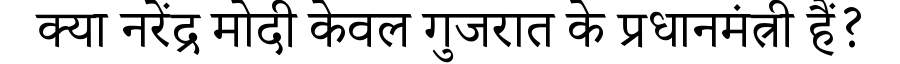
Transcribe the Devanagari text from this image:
क्या नरेंद्र मोदी केवल गुजरात के प्रधानमंत्री हैं?